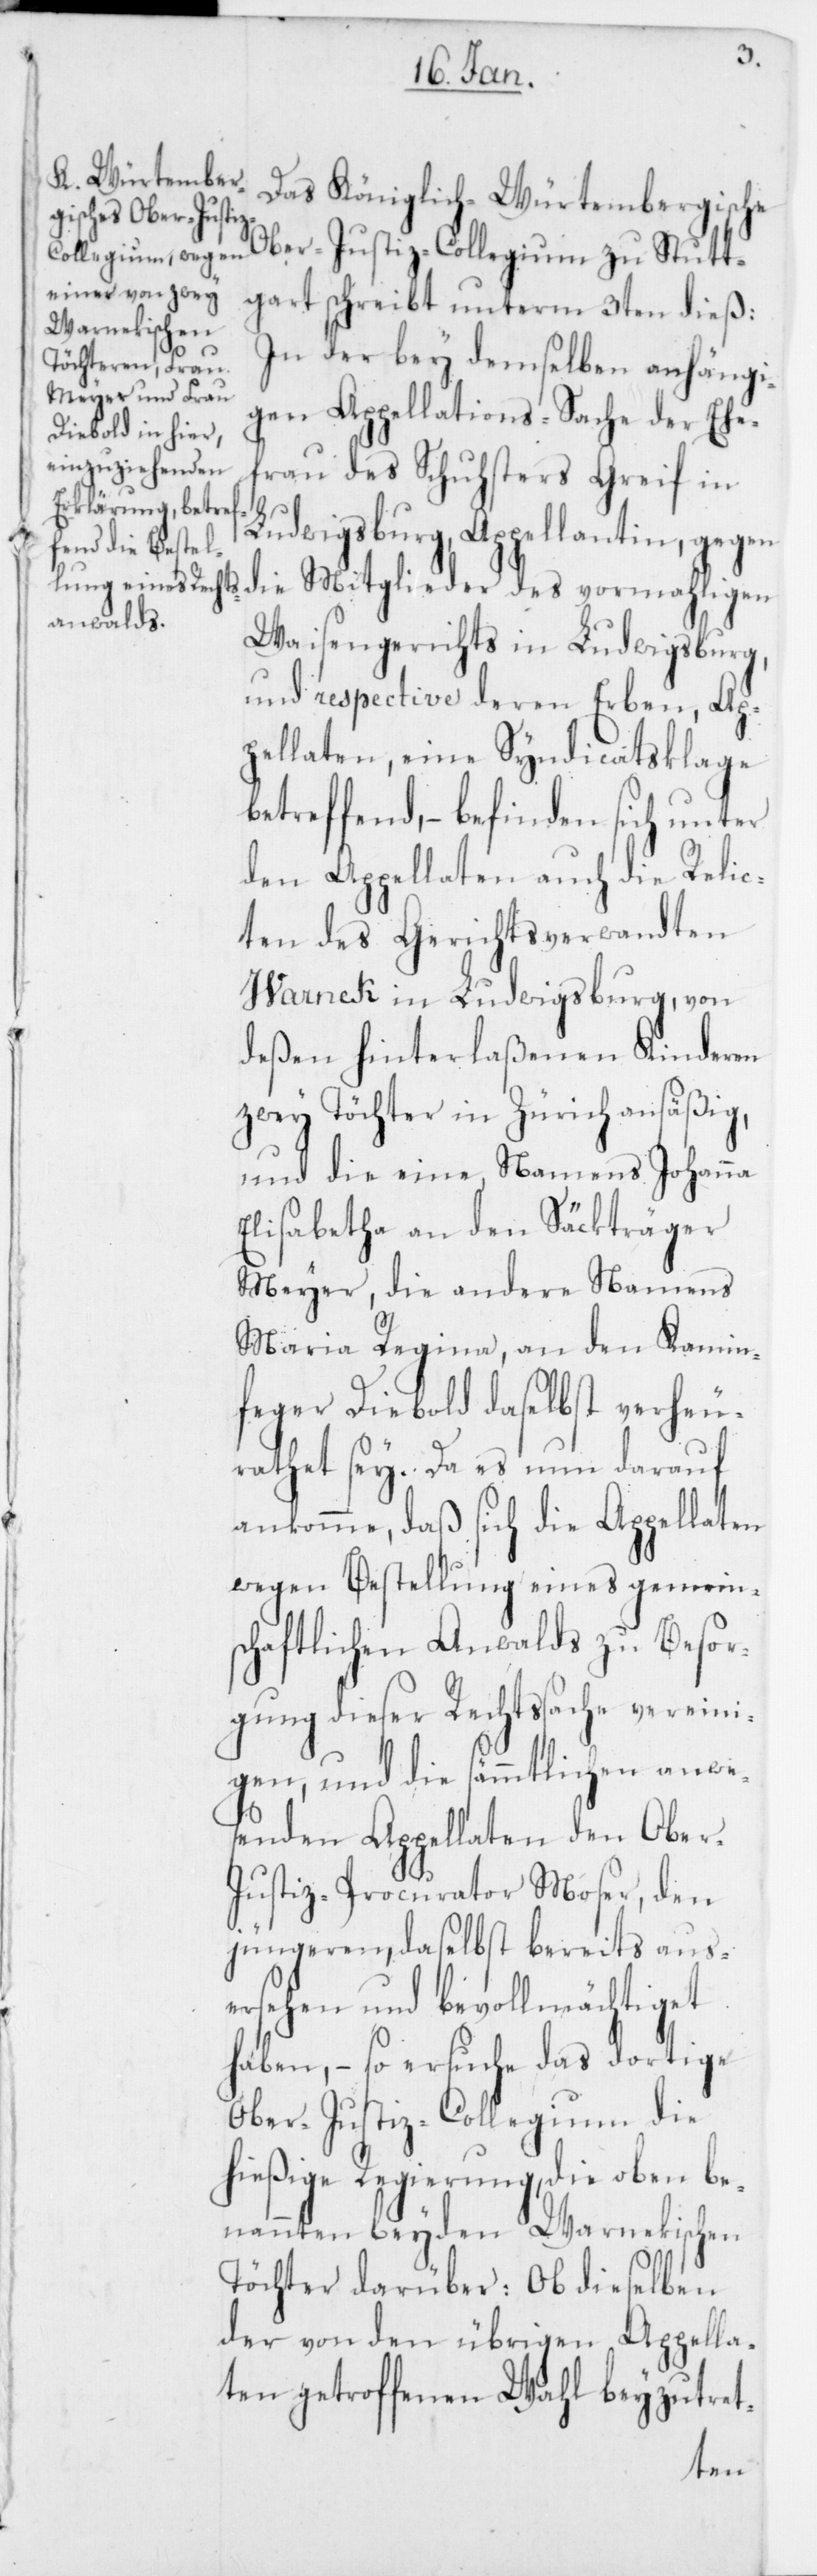
Das Königlich-Würtembergische
Ober-Justiz-Collegium zu Stutt¬
gart schreibt unterm 3ten dieß:
In der bey demselben anhängi¬
gen Appellations-Sache der Ehe¬
frau des Schusters Greif in
Ludwigsburg, Appellantin, gegen
die Mitglieder des vormahligen
Waisengerichts in Ludwigsburg,
und respective deren Erben, Ap¬
pellaten, eine Syndicatsklage
betreffend, – befinden sich unter
den Appellaten auch die Relic¬
ten des Gerichtsverwandten
Marneck in Ludwigsburg, von
deßen hinterlaßenen Kinderen
zwey Töchter in Zürich ansäßig,
und die eine, Namens Johanna
Elisabetha an den Säckträger
Meyer, die andere Namens
Maria Regina, an den Kamin¬
feger Diebold daselbst verheu¬
rathet sey. Da es nun darauf
ankomme, daß sich die Appellaten
wegen Bestellung eines gemein¬
schaftlichen Anwalds zu Besor¬
gung dieser Rechtssache vereini¬
gen, und die sämmtlichen anwe¬
senden Appellaten den Ober-J¬
ustiz-Procurator Moser, den
jüngeren, daselbst bereits aus¬
ersehen und bevollmächtiget
haben, – so ersuche das dortige
Ober-Justiz-Collegium die
hießige Regierung, die oben be¬
nannten beyden Warnelischen
Töchter darüber: Ob dieselben
der von den übrigen Appella¬
ten getroffenen Wahl beyzutret-